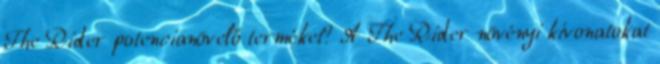
The Rider potencianövelő terméket? A The Rider növényi kivonatokat